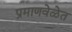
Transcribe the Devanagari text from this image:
प्रमाणवेळेत